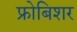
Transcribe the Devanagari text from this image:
फ्रोबिशर